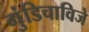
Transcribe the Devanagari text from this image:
गुंडिचाविजे